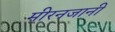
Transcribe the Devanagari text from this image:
मीरनजानी